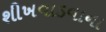
શીખવાડવાના